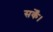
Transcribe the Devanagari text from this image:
सकेँ।